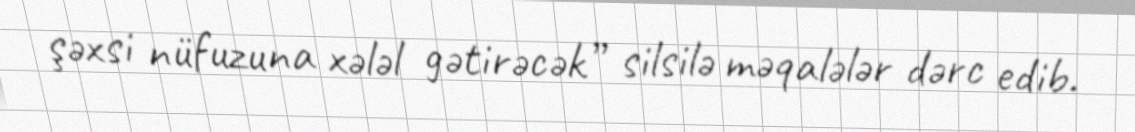
şəxsi nüfuzuna xələl gətirəcək” silsilə məqalələr dərc edib.